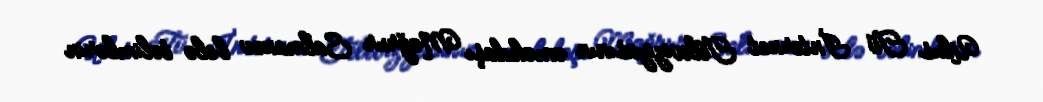
Ulus Tv İnternet Televiziyasının əməkdaşı Məğrur Salmanov belə təlimlərin